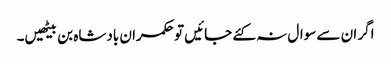
اگر ان سے سوال نہ کئے جائیں تو حکمران بادشاہ بن بیٹھیں۔